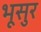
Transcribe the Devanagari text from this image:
भूसुर